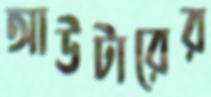
আউটারের